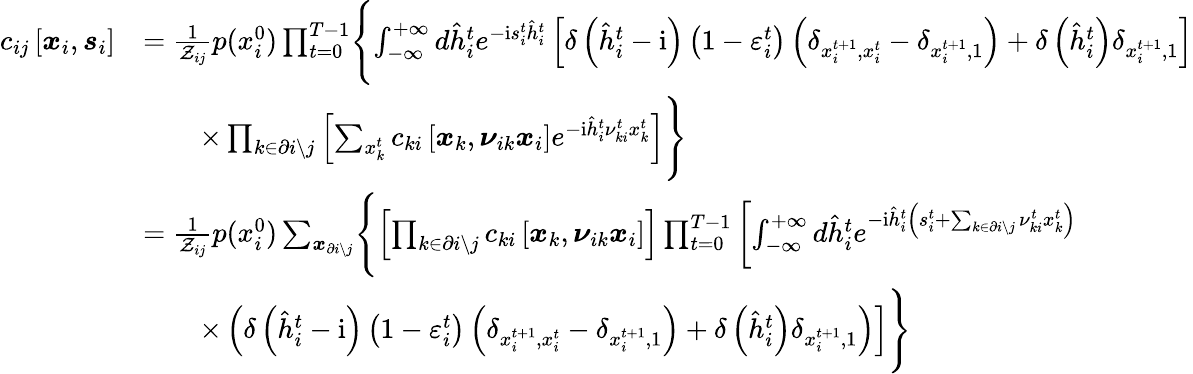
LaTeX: \begin{array}{rl}{c_{ij}\left[\boldsymbol{x}_{i},\boldsymbol{s}_{i}\right]}&{=\frac{1}{\mathcal{Z}_{ij}}p(x_{i}^{0})\prod_{t=0}^{T-1}\Biggl\{ \int_{-\infty}^{+\infty}d\hat{h}_{i}^{t}e^{-\mathrm{i}s_{i}^{t}\hat{h}_{i}^{t}}\left[\delta\left(\hat{h}_{i}^{t}-\mathrm{i}\right)\left(1-\varepsilon_{i}^{t}\right)\left(\delta_{x_{i}^{t+1},x_{i}^{t}}-\delta_{x_{i}^{t+1},1}\right)+\delta\left(\hat{h}_{i}^{t}\right)\delta_{x_{i}^{t+1},1}\right]}\\ &{\qquad\times\prod_{k\in\partial i\setminus j}\left[\sum_{x_{k}^{t}}c_{ki}\left[\boldsymbol{x}_{k},\boldsymbol{\nu}_{ik}\boldsymbol{x}_{i}\right]e^{-\mathrm{i}\hat{h}_{i}^{t}\nu_{ki}^{t}x_{k}^{t}}\right]\Biggr\} }\\ &{=\frac{1}{\mathcal{Z}_{ij}}p(x_{i}^{0})\sum_{\boldsymbol{x}_{\partial i\setminus j}}\Biggl\{ \left[\prod_{k\in\partial i\setminus j}c_{ki}\left[\boldsymbol{x}_{k},\boldsymbol{\nu}_{ik}\boldsymbol{x}_{i}\right]\right]\prod_{t=0}^{T-1}\left[\int_{-\infty}^{+\infty}d\hat{h}_{i}^{t}e^{-\mathrm{i}\hat{h}_{i}^{t}\left(s_{i}^{t}+\sum_{k\in\partial i\setminus j}\nu_{ki}^{t}x_{k}^{t}\right)}\right.}\\ &{\qquad\left.\times\left(\delta\left(\hat{h}_{i}^{t}-\mathrm{i}\right)\left(1-\varepsilon_{i}^{t}\right)\left(\delta_{x_{i}^{t+1},x_{i}^{t}}-\delta_{x_{i}^{t+1},1}\right)+\delta\left(\hat{h}_{i}^{t}\right)\delta_{x_{i}^{t+1},1}\right)\right]\Biggr\} }\end{array}